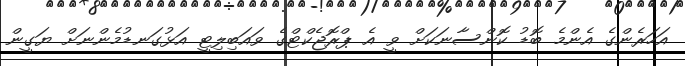
އަހަރެންގެ އެންމެ ބޮޑު ކޮންސާނަކަށް ވީ އެ ޕްރޮޖެކްޓްގެ ވައަބިލިޓީ އަޅުގަނޑުމެންނަށް ޔަގީން